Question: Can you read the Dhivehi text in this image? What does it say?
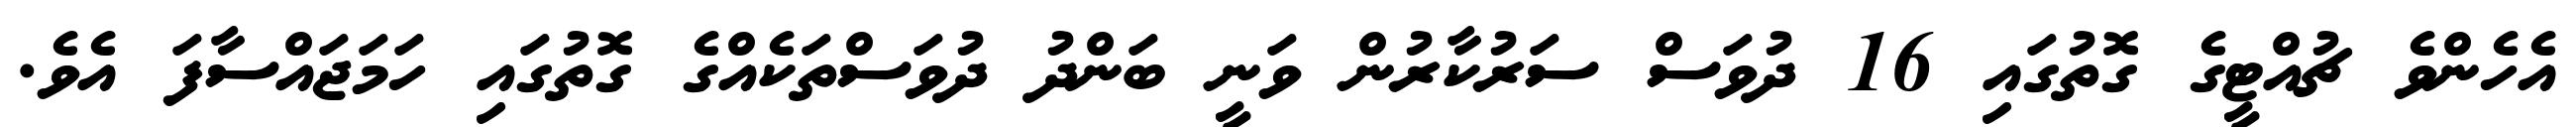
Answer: އެހެންވެ ޗުއްޓީގެ ގޮތުގައި 16 ދުވަސް ސަރުކާރުން ވަނީ ބަންދު ދުވަސްތަކެއްގެ ގޮތުގައި ހަމަޖައްސާފަ އެވެ.